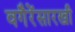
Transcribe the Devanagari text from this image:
वगैरेंसारखी